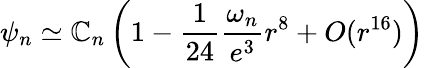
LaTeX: \psi_{n}\simeq\mathbb{C}_{n}\left(1-\frac{{1}}{{24}}\frac{{\omega_{n}}}{{e^{3}}}r^{8}+O(r^{16})\right)